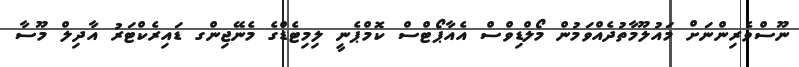
ނޫސްވެރިންނަށް މައުލޫމާތުދެއްވަމުން މޯލްޑިވްސް އެއާޕޯޓްސް ކޮމްޕެނީ ލިމިޓެޑްގެ މެނޭޖިންގ ޑައިރެކްޓަރު އާދިލް މޫސާ